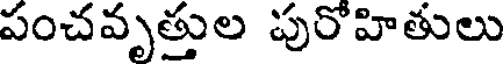
పంచవృత్తుల పురోహితులు